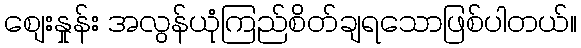
စျေးနှုန်း အလွန်ယုံကြည်စိတ်ချရသောဖြစ်ပါတယ်။